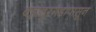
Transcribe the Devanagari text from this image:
बहादूरगडापासून